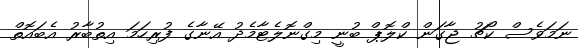
ނަމަވެސް ކޯޗު ޖާގަން ކްލޮޕް ބުނީ މިގްނޮލެޓާމެދު އޭނާގެ ފުރިހަމަ އިތުބާރު އެބައޮތް